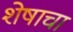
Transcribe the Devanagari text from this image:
शेषाचा